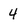
Character: 4